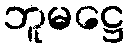
ဘူမဋ္ဌေ